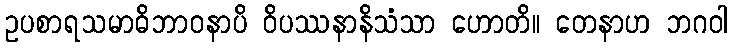
ဥပစာရသမာဓိဘာဝနာပိ ဝိပဿနာနိသံသာ ဟောတိ။ တေနာဟ ဘဂဝါ